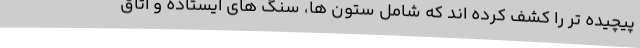
پیچیده تر را کشف کرده اند که شامل ستون ها، سنگ های ایستاده و اتاق